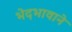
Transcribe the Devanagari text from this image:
भेदभावाने